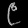
Digit: ၉